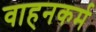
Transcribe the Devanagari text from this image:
वाहनकर्म